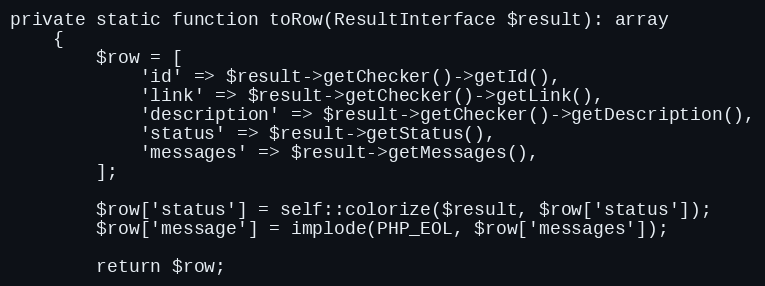
Language: PHP
private static function toRow(ResultInterface $result): array
    {
        $row = [
            'id' => $result->getChecker()->getId(),
            'link' => $result->getChecker()->getLink(),
            'description' => $result->getChecker()->getDescription(),
            'status' => $result->getStatus(),
            'messages' => $result->getMessages(),
        ];

        $row['status'] = self::colorize($result, $row['status']);
        $row['message'] = implode(PHP_EOL, $row['messages']);

        return $row;